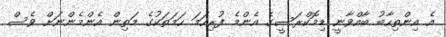
އެ އިންތިހާބު ބާއްވާނީ ޑިމޮކްރަސީގެ އެންމެ ފުރިހަމަ ހަމަތަކުގެ މަތިން އެންމެންނަށް ވެސް